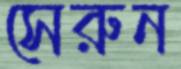
সেরুন